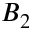
B _ { 2 }